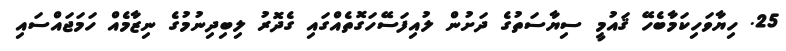
25. ހިޔާވަހިކަމާބެހޭ ޤައުމީ ސިޔާސަތުގެ ދަށުން ލުއިފަސޭހަގޮތެއްގައި ގެދޮރު ލިބިދިނުމުގެ ނިޒާމެއް ހަމަޖައްސައި